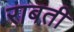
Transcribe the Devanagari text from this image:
राबती